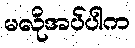
မလိုအပ်ပါက